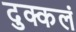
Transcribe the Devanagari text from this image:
दुक्कलं